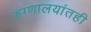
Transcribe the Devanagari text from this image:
रुग्णालयांतही